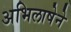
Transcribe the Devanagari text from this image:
अभिलाषेने